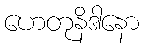
ဟေတုနိဒါနော